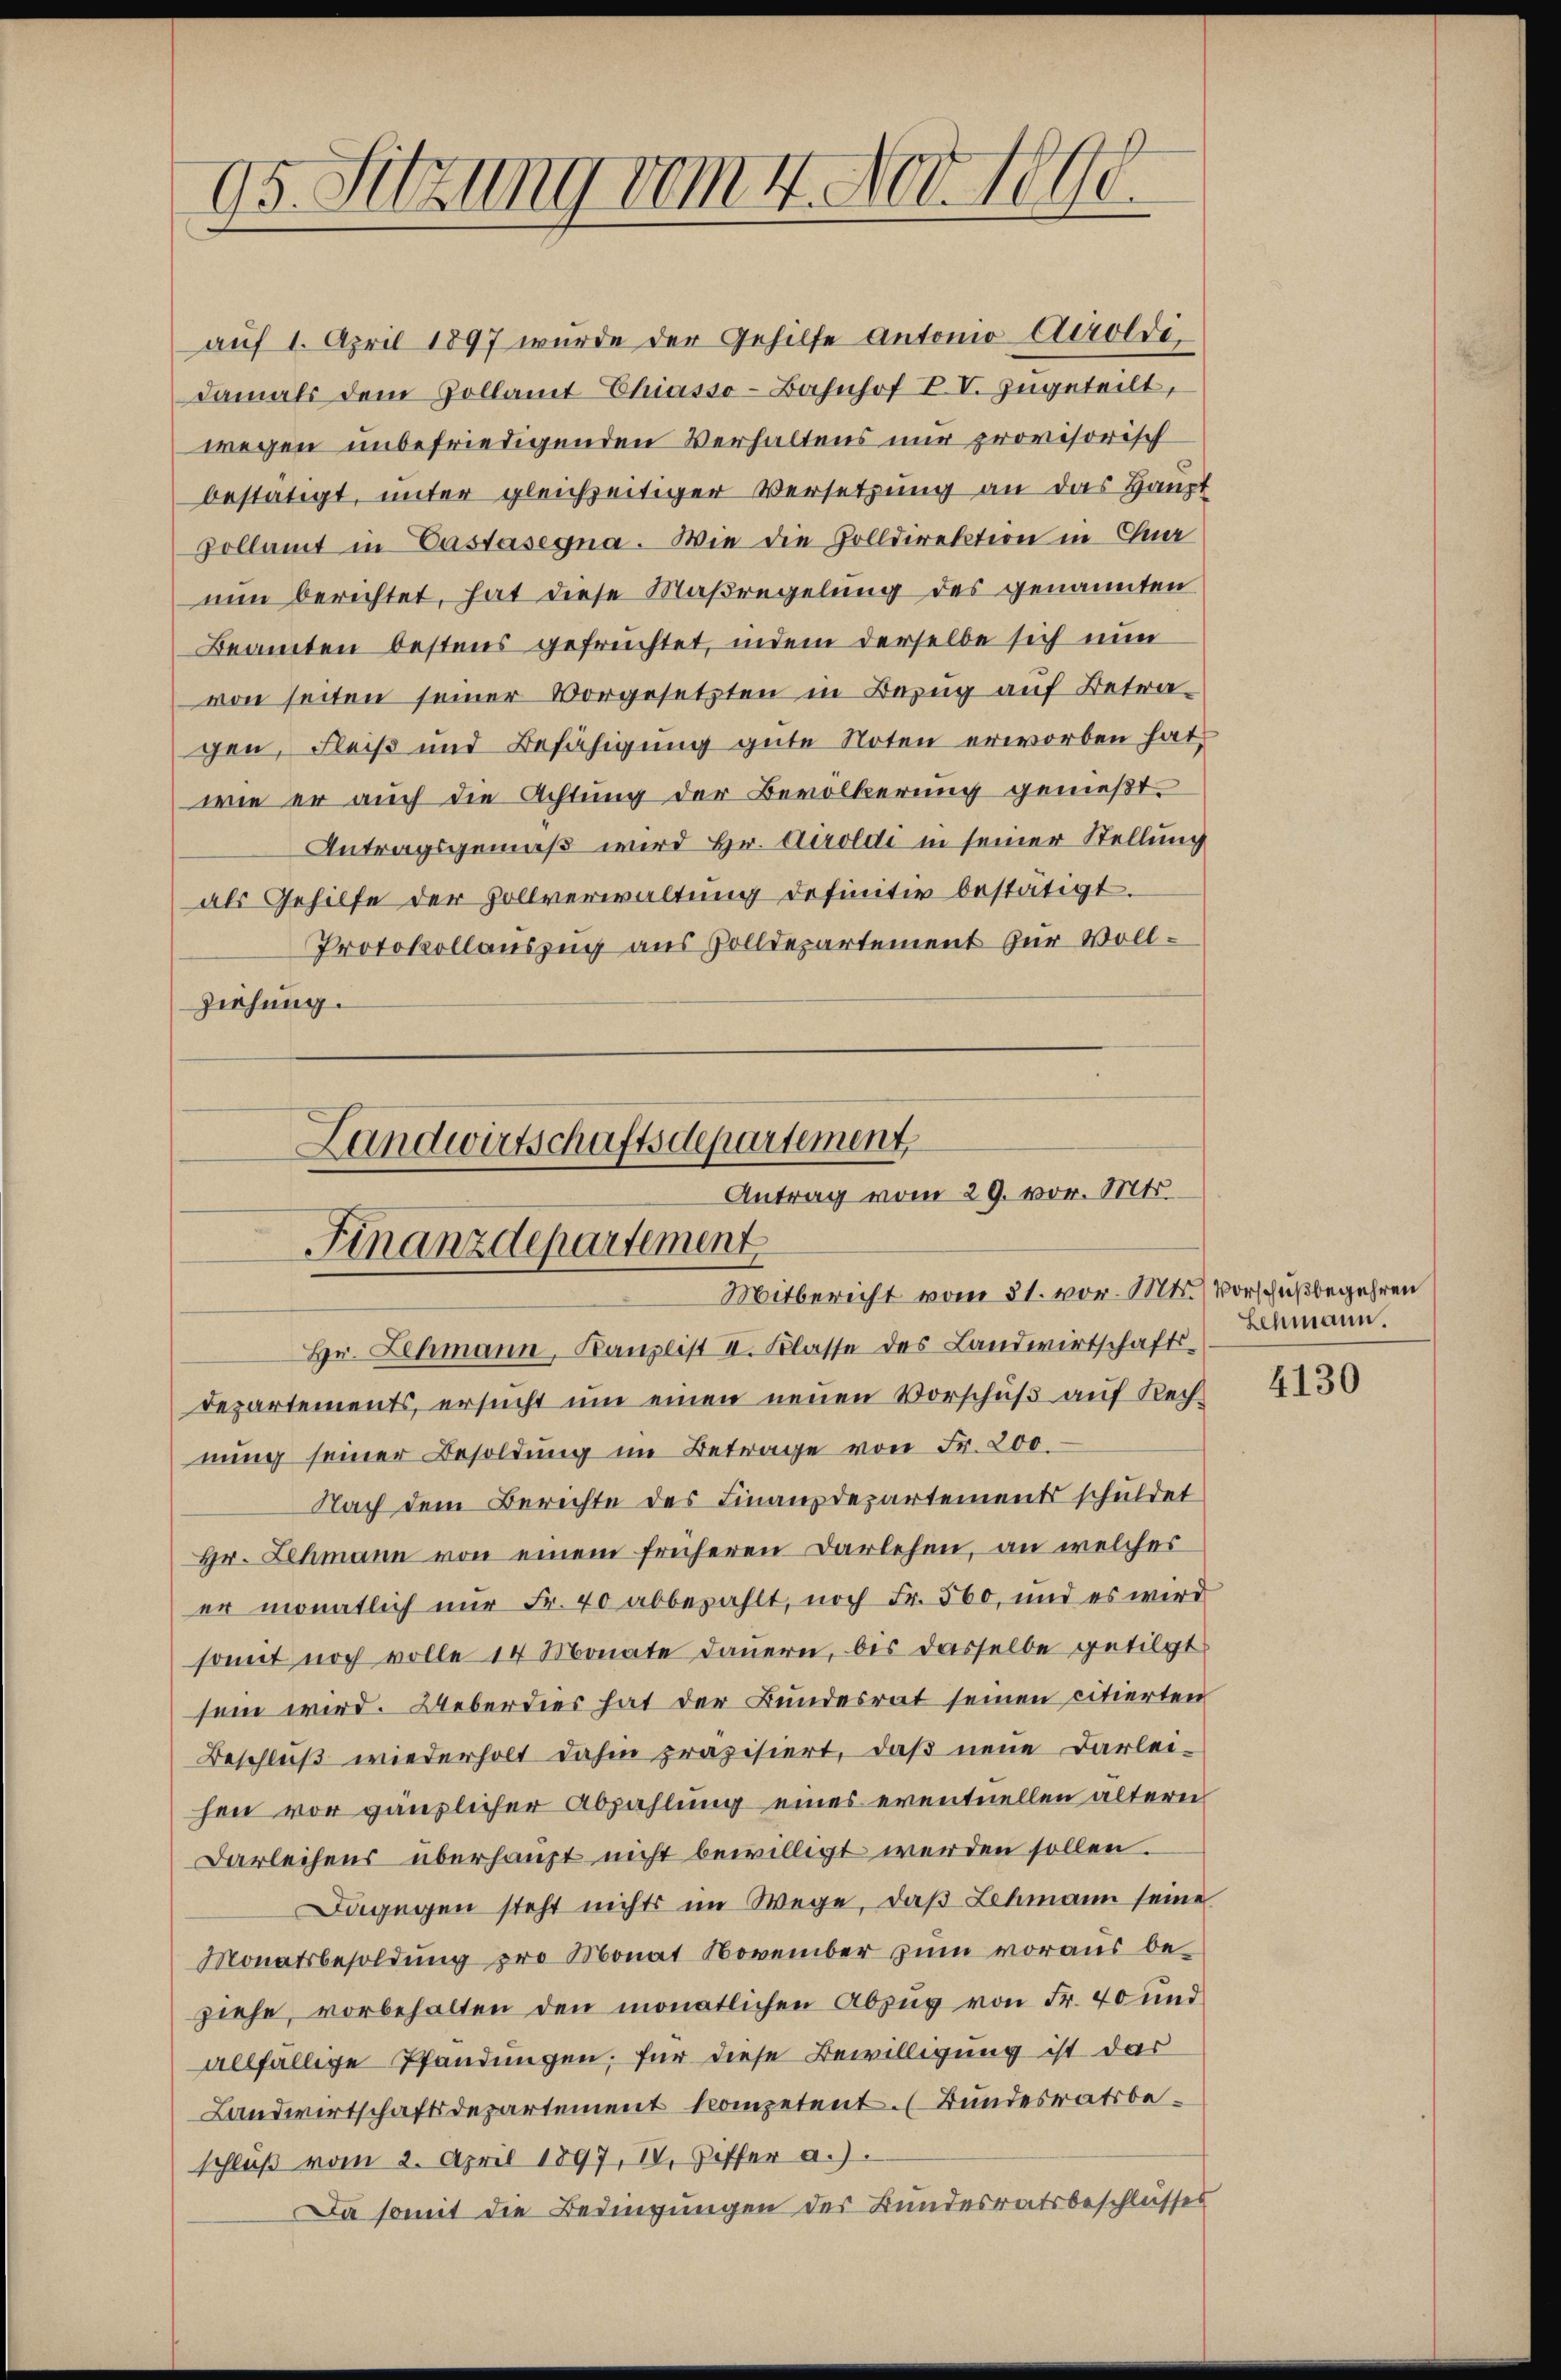
Dr. Sitzung vom 4. Nov. 1890.

aŭf 1. April 1897 wurde der Gehilfe Antonio Airoldi
damals dem Pollamt Chiasso-Bahnhof VV. zugeteilt,
wegen unbefriedigenden Verhaltens nur provisorisch
bestätigt, unter gleichzeitiger Versetzung an das Haupt
pollamt in Castasegna. Wie die Zolldirektion in Chur
nun berichtet, hat diese Maßregelung des genannten
Beamten bestens gefrüchtet, indem derselbe sich nun
von seiten seiner Vorgesetzten in Bezug auf Betragen, Fleiß und Befähigung gute Noten erworben hat,
wie er auch die Achtung der Bevölkerung genießt
Antragsgemäß wird Hr. Ceroldi in seiner Stellung
als Gehilfe der Hollverwaltung definitiv bestätigt.
Protokollauszug aus Zolldepartement zur Voll¬
Ziehung.

Landwirtschaftsdepartement
Antrag vom 29. vor. Mts.
Finanzdepartement
Mitbericht vom 31. vor. Mts. (Vorschußbegehren

Hr. Lehmann, Kanzlist II. Klasse des Landwirtschafts-
departements, ersŭcht ŭm einen neŭen Vorschŭβ aŭf Rech
nung seiner Besoldung im Betrage von Fr. 200.
Nach dem Berichte des Finanzdepartements schuldet
Hr. Lehmann von einem früheren Darlehen, an welches
er monatlich nur Fr. 40 abbezahlt, noch Fr. 560, und es wird
somit noch volle 14 Monate dauern, bis dasselbe getilgt
sein wird. Ueberdies hat der Bundesrat seinen citierten
Beschluß wiederholt dahin präzisiert, daß neue Darlei-
hen vor gänzlicher Abzahlung eines eventuellen ältern
Darleihens überhaupt nicht bewilligt werden sollen.
Dagegen steht nichts im Wege, daß Lehmann seine
Monatsbesoldung pro Monat November zum voraus beziehe, vorbehalten den monatlichen Abzug von Fr. 40 und
allfällige Pfandungen; für diese Bewilligung ist dar
Landwirtschaftsdepartement kompetent. (Bundesratsbeschluß vom 2. April 1897, IV. Ziffer a.).
Da somit die Bedingungen des Bundesratsbeschlusses

Lehmann.

4130